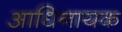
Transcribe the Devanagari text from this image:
आधिनायक